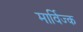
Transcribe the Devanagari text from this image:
मार्विज्क